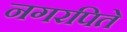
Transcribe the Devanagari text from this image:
नगरपिते